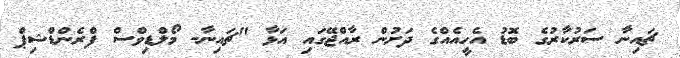
ޗައިނާ ސަރުކާރުގެ ބޮޑު އެހީއެއްގެ ދަށުން ރާއްޖޭގައި އަޅާ "ޗައިނާ- މޯލްޑިވްސް ފްރެންޑްޝިޕް